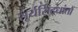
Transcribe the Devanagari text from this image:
सूर्यसिद्धांतों